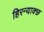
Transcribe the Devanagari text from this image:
हिरन्याक्छ